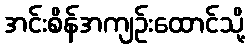
အင်းစိန်အကျဉ်းထောင်သို့